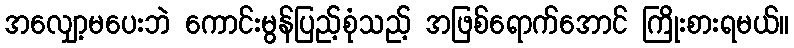
အလျှော့မပေးဘဲ ကောင်းမွန်ပြည့်စုံသည့် အဖြစ်ရောက်အောင် ကြိုးစားရမယ်။